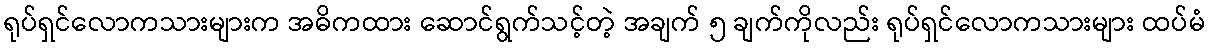
ရုပ်ရှင်လောကသားများက အဓိကထား ဆောင်ရွက်သင့်တဲ့ အချက် ၅ ချက်ကိုလည်း ရုပ်ရှင်လောကသားများ ထပ်မံ